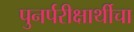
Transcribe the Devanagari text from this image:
पुनर्परीक्षार्थीचा